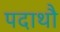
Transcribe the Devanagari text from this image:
पदाथौ